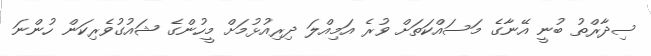
ސިދާރްތު ބުނީ އޭނާގެ މަސައްކަތަށް ވުރެ އަމިއްލަ ދިރިއުޅުމަށް މީހުންގެ ޝައުގުވެރިކަން ހުންނަ